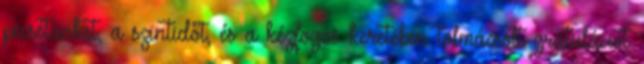
pecsétünket, a szintidőt, és a kézfogás keretében tolmácsolt gratulációt